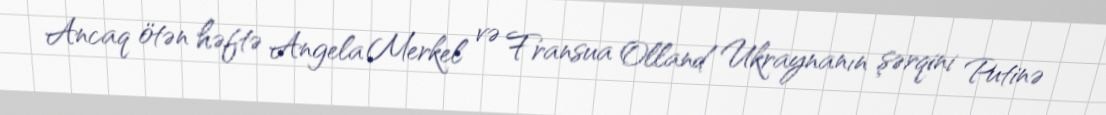
Ancaq ötən həftə Angela Merkel və Fransua Olland Ukraynanın şərqini Putinə